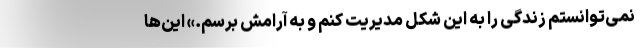
نمی‌توانستم زندگی را به این شکل مدیریت کنم و به آرامش برسم.» این‌ها